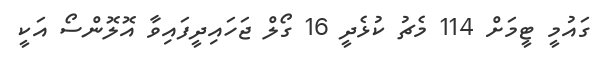
ގައުމީ ޓީމަށް 114 މެޗު ކުޅެދީ 16 ގޯލް ޖަހައިދީފައިވާ އޮލޮންސޯ އަކީ